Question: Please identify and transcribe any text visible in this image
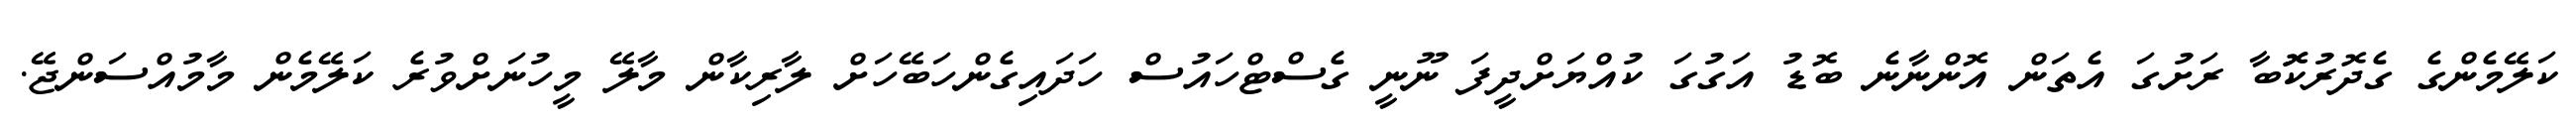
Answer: ކަލޭމެންގެ ގެދޮރުކޮޮބާ ރަށުގަ އެތަން އޮންނާނެ ބޮޑު އަގުގަ ކުއްޔަށްދީފަ ނޫނީ ގެސްޓްހައުސް ހަދައިގެންހަބޭހަށް ލާރިކާން މާލޭ މީހުނަށްވުރެ ކަލޭމެން މާމުއްސަންޖޭ.